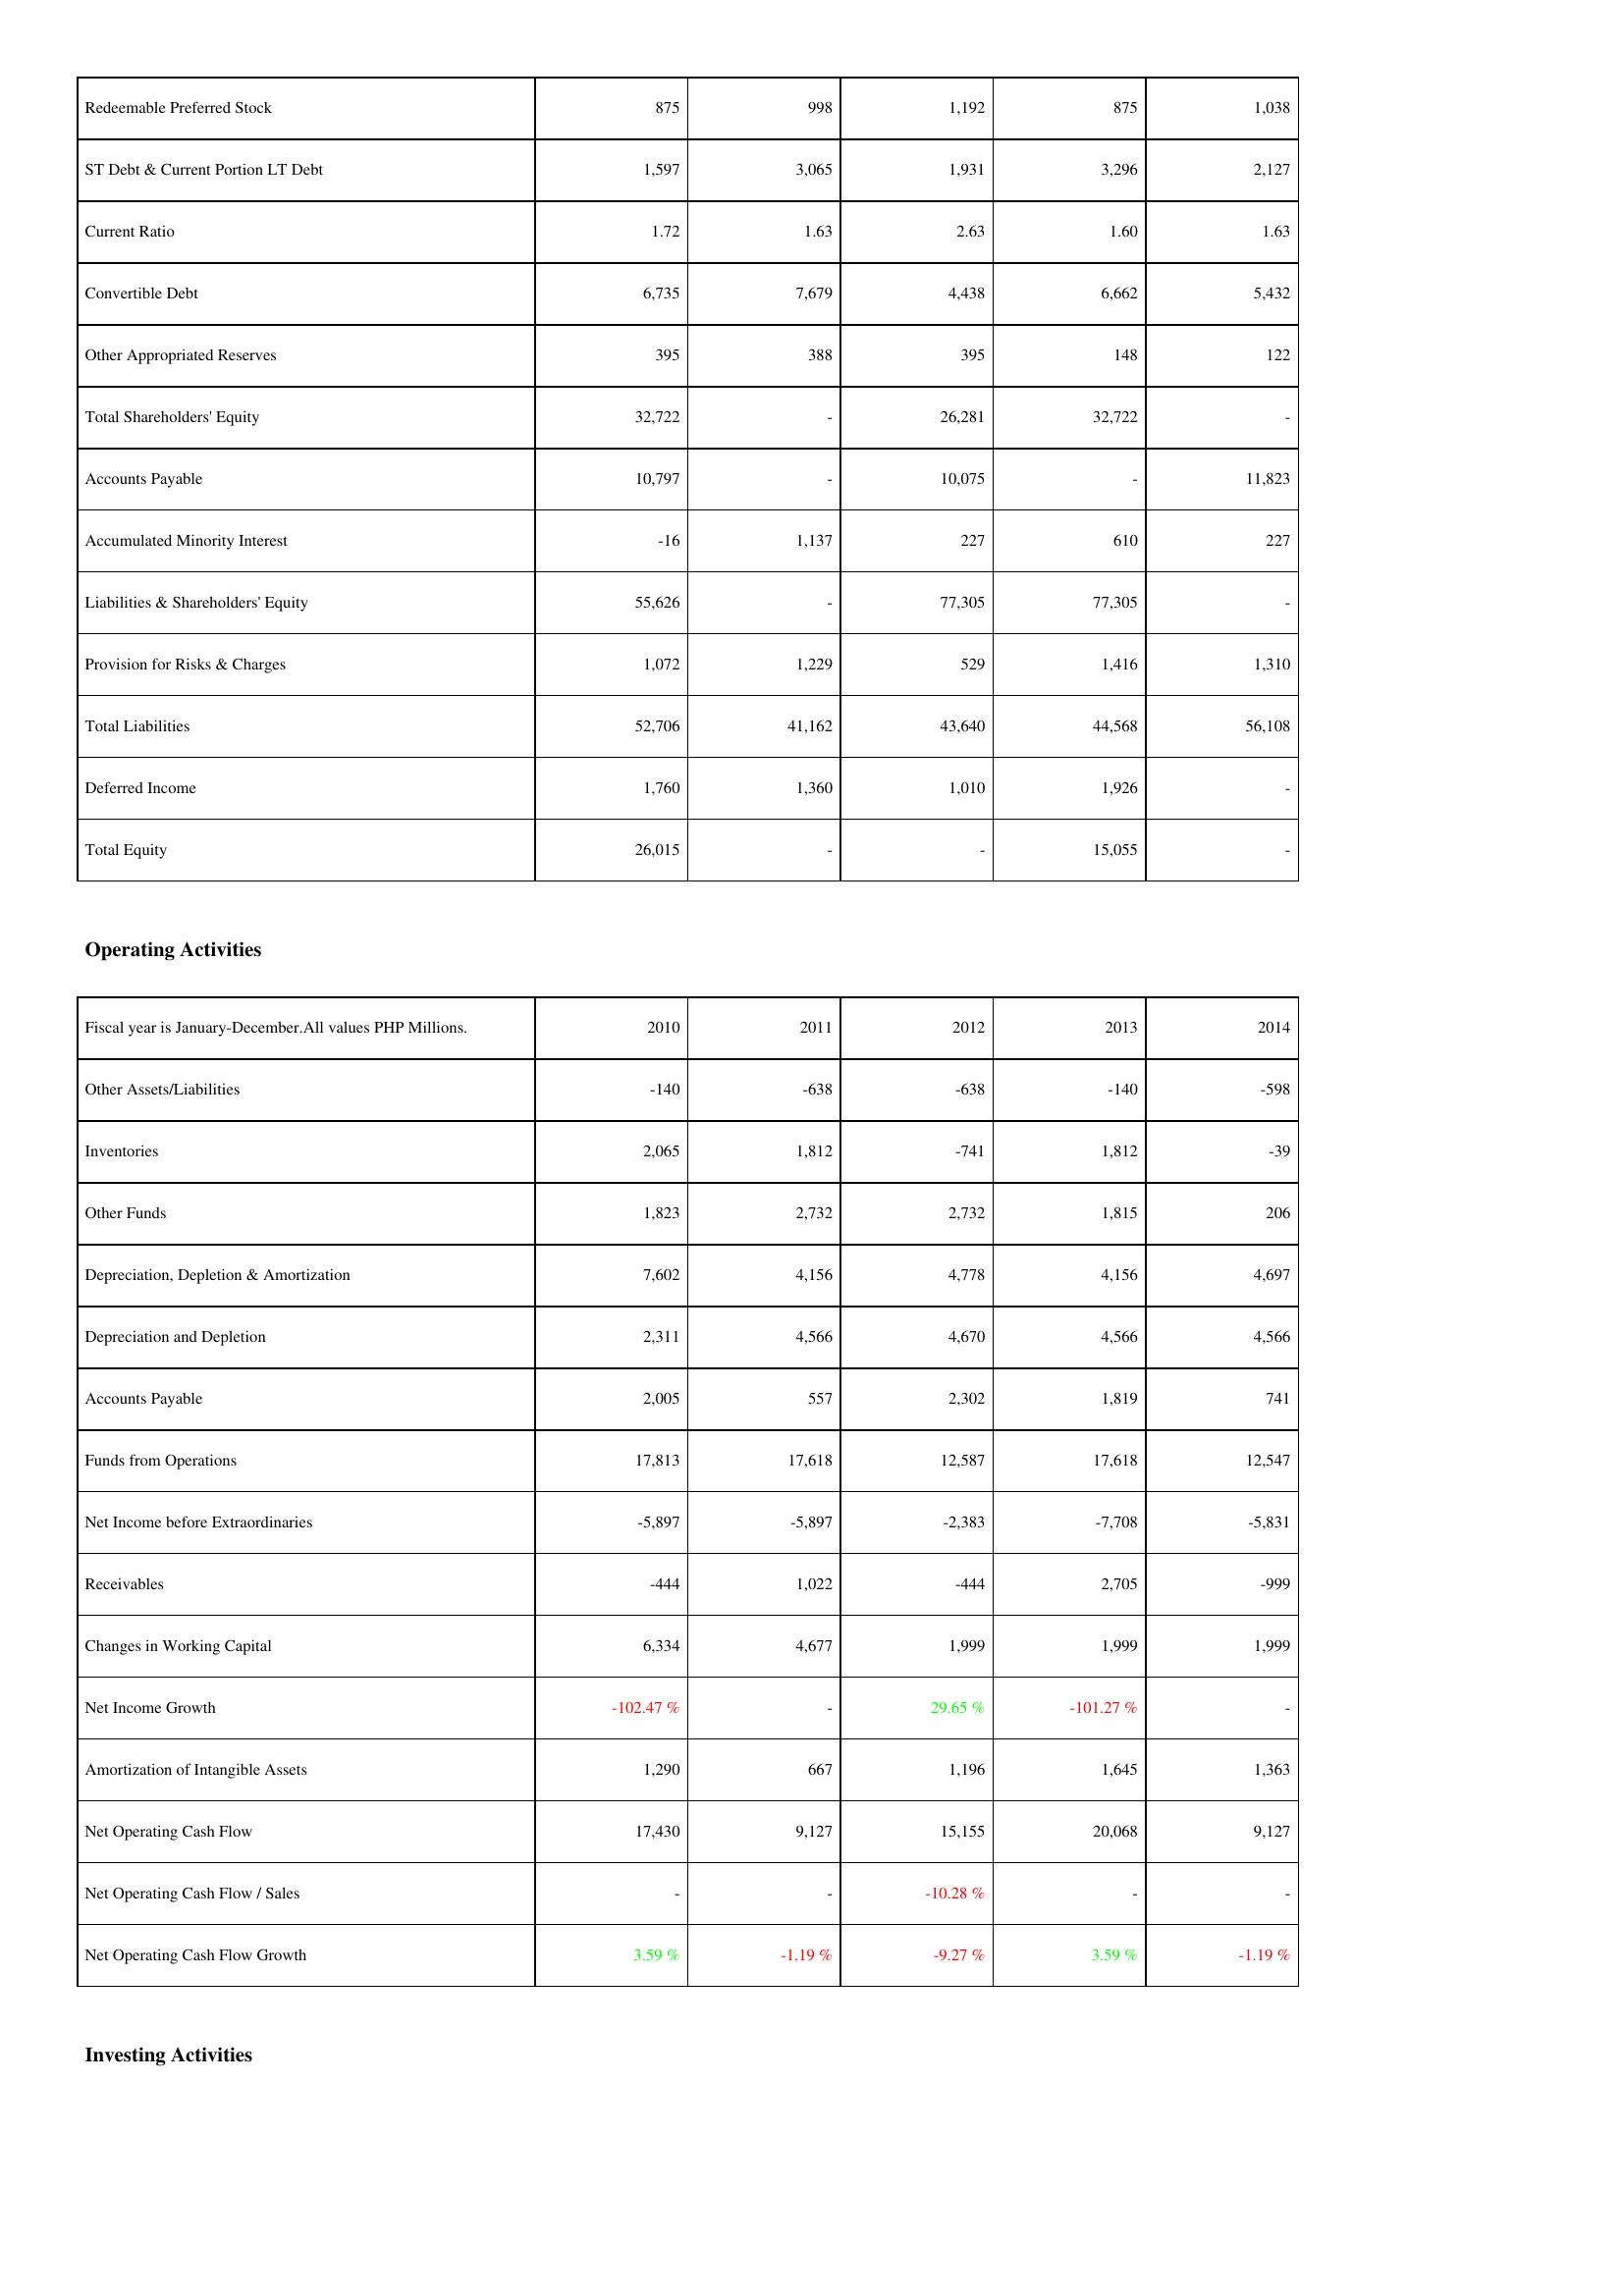
2010: Liabilities & Shareholders' Equity: Redeemable Preferred Stock: 875
ST Debt & Current Portion LT Debt: 1,597
Current Ratio: 1.72
Convertible Debt: 6,735
Other Appropriated Reserves: 395
Total Shareholders' Equity: 32,722
Accounts Payable: 10,797
Accumulated Minority Interest: -16
Liabilities & Shareholders' Equity: 55,626
Provision for Risks & Charges: 1,072
Total Liabilities: 52,706
Deferred Income: 1,760
Total Equity: 26,015
Operating Activities: Other Assets/Liabilities: -140
Inventories: 2,065
Other Funds: 1,823
Depreciation, Depletion & Amortization: 7,602
Depreciation and Depletion: 2,311
Accounts Payable: 2,005
Funds from Operations: 17,813
Net Income before Extraordinaries: -5,897
Receivables: -444
Changes in Working Capital: 6,334
Net Income Growth: -102.47 %
Amortization of Intangible Assets: 1,290
Net Operating Cash Flow: 17,430
Net Operating Cash Flow / Sales: -
Net Operating Cash Flow Growth: 3.59 %
2011: Liabilities & Shareholders' Equity: Redeemable Preferred Stock: 998
ST Debt & Current Portion LT Debt: 3,065
Current Ratio: 1.63
Convertible Debt: 7,679
Other Appropriated Reserves: 388
Total Shareholders' Equity: -
Accounts Payable: -
Accumulated Minority Interest: 1,137
Liabilities & Shareholders' Equity: -
Provision for Risks & Charges: 1,229
Total Liabilities: 41,162
Deferred Income: 1,360
Total Equity: -
Operating Activities: Other Assets/Liabilities: -638
Inventories: 1,812
Other Funds: 2,732
Depreciation, Depletion & Amortization: 4,156
Depreciation and Depletion: 4,566
Accounts Payable: 557
Funds from Operations: 17,618
Net Income before Extraordinaries: -5,897
Receivables: 1,022
Changes in Working Capital: 4,677
Net Income Growth: -
Amortization of Intangible Assets: 667
Net Operating Cash Flow: 9,127
Net Operating Cash Flow / Sales: -
Net Operating Cash Flow Growth: -1.19 %
2012: Liabilities & Shareholders' Equity: Redeemable Preferred Stock: 1,192
ST Debt & Current Portion LT Debt: 1,931
Current Ratio: 2.63
Convertible Debt: 4,438
Other Appropriated Reserves: 395
Total Shareholders' Equity: 26,281
Accounts Payable: 10,075
Accumulated Minority Interest: 227
Liabilities & Shareholders' Equity: 77,305
Provision for Risks & Charges: 529
Total Liabilities: 43,640
Deferred Income: 1,010
Total Equity: -
Operating Activities: Other Assets/Liabilities: -638
Inventories: -741
Other Funds: 2,732
Depreciation, Depletion & Amortization: 4,778
Depreciation and Depletion: 4,670
Accounts Payable: 2,302
Funds from Operations: 12,587
Net Income before Extraordinaries: -2,383
Receivables: -444
Changes in Working Capital: 1,999
Net Income Growth: 29.65 %
Amortization of Intangible Assets: 1,196
Net Operating Cash Flow: 15,155
Net Operating Cash Flow / Sales: -10.28 %
Net Operating Cash Flow Growth: -9.27 %
2013: Liabilities & Shareholders' Equity: Redeemable Preferred Stock: 875
ST Debt & Current Portion LT Debt: 3,296
Current Ratio: 1.60
Convertible Debt: 6,662
Other Appropriated Reserves: 148
Total Shareholders' Equity: 32,722
Accounts Payable: -
Accumulated Minority Interest: 610
Liabilities & Shareholders' Equity: 77,305
Provision for Risks & Charges: 1,416
Total Liabilities: 44,568
Deferred Income: 1,926
Total Equity: 15,055
Operating Activities: Other Assets/Liabilities: -140
Inventories: 1,812
Other Funds: 1,815
Depreciation, Depletion & Amortization: 4,156
Depreciation and Depletion: 4,566
Accounts Payable: 1,819
Funds from Operations: 17,618
Net Income before Extraordinaries: -7,708
Receivables: 2,705
Changes in Working Capital: 1,999
Net Income Growth: -101.27 %
Amortization of Intangible Assets: 1,645
Net Operating Cash Flow: 20,068
Net Operating Cash Flow / Sales: -
Net Operating Cash Flow Growth: 3.59 %
2014: Liabilities & Shareholders' Equity: Redeemable Preferred Stock: 1,038
ST Debt & Current Portion LT Debt: 2,127
Current Ratio: 1.63
Convertible Debt: 5,432
Other Appropriated Reserves: 122
Total Shareholders' Equity: -
Accounts Payable: 11,823
Accumulated Minority Interest: 227
Liabilities & Shareholders' Equity: -
Provision for Risks & Charges: 1,310
Total Liabilities: 56,108
Deferred Income: -
Total Equity: -
Operating Activities: Other Assets/Liabilities: -598
Inventories: -39
Other Funds: 206
Depreciation, Depletion & Amortization: 4,697
Depreciation and Depletion: 4,566
Accounts Payable: 741
Funds from Operations: 12,547
Net Income before Extraordinaries: -5,831
Receivables: -999
Changes in Working Capital: 1,999
Net Income Growth: -
Amortization of Intangible Assets: 1,363
Net Operating Cash Flow: 9,127
Net Operating Cash Flow / Sales: -
Net Operating Cash Flow Growth: -1.19 %